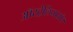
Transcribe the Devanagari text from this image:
ऑस्ट्रेलियाऔर